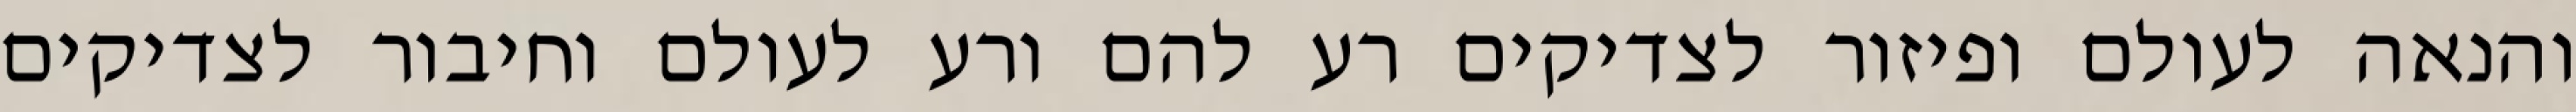
והנאה לעולם ופיזור לצדיקים רע להם ורע לעולם וחיבור לצדיקים